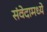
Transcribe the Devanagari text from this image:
संवेदामध्ये